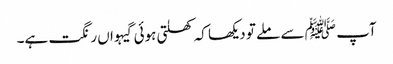
آپ ﷺ سے ملے تو دیکھا کہ کھلتی ہوئی گیہواں رنگت ہے۔